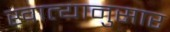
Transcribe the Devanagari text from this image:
खात्यानुसार